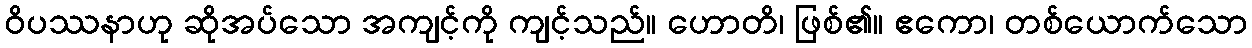
ဝိပဿနာဟု ဆိုအပ်သော အကျင့်ကို ကျင့်သည်။ ဟောတိ၊ ဖြစ်၏။ ဧကော၊ တစ်ယောက်သော